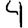
Digit: 4